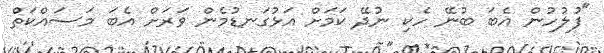
"ފުލުހުން އެބަ ބުނޭ ހެކި ނުދޭ ކަމަށް އަޅުގަނޑުމެން ވަރަށް އެބަ މަސައްކަތް